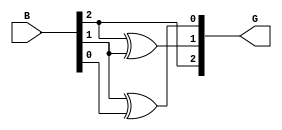
module gray_code_encoder (
    input  [2:0] B,  // 3-bit binary input
    output [2:0] G   // 3-bit Gray code output
);

// Assign Gray code outputs based on the binary input
assign G[2] = B[2];            // MSB of Gray code is the same as MSB of binary input
assign G[1] = B[2] ^ B[1];     // G[1] = B[2] XOR B[1]
assign G[0] = B[1] ^ B[0];     // G[0] = B[1] XOR B[0]

endmodule